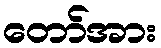
တော်အား